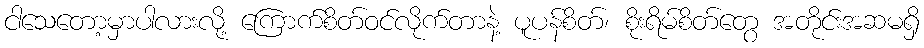
ငါသေတော့မှာပါလားလို့ ကြောက်စိတ်ဝင်လိုက်တာနဲ့ ပူပန်စိတ်၊ စိုးရိမ်စိတ်တွေ အတိုင်းအဆမရှိ